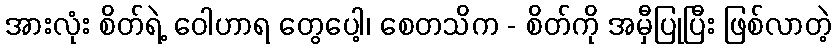
အားလုံး စိတ်ရဲ့ ဝေါဟာရ တွေပေါ့၊ စေတသိက - စိတ်ကို အမှီပြုပြီး ဖြစ်လာတဲ့